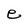
Character: e